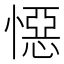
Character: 𭞪